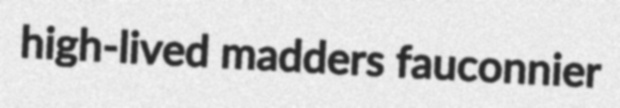
high-lived madders fauconnier